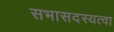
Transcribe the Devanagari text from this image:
सभासदस्यत्वा